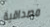
مصداقية